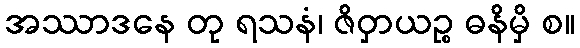
အဿာဒနေ တု ရသနံ၊ ဇိဝှာယဉ္စ ဓနိမှိ စ။